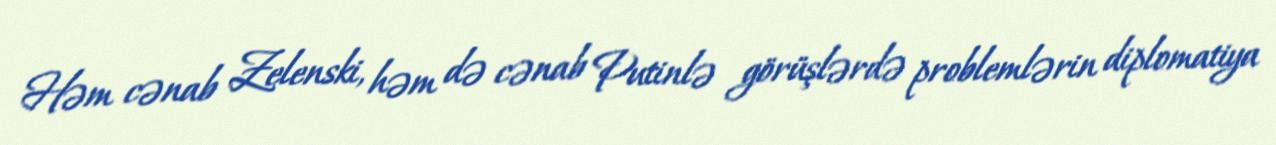
Həm cənab Zelenski, həm də cənab Putinlə görüşlərdə problemlərin diplomatiya